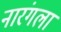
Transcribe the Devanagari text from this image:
नारंगला